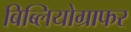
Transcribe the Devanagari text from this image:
बिब्लियोग्राफर